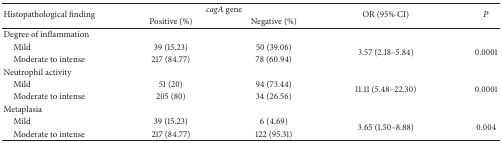
| <ROWSPAN=2> Histopathological finding | <COLSPAN=2> cagA gene | <ROWSPAN=2> OR (95% CI) | <ROWSPAN=2> P |
 | Positive (%) | Negative (%) |
 | --- | --- | --- | --- | --- |
 | Degree of inflammation |  |  |  |  |
 | Mild | 39 (15.23) | 50 (39.06) | <ROWSPAN=2> 3.57 (2.18–5.84) | <ROWSPAN=2> 0.0001 |
 | Moderate to intense | 217 (84.77) | 78 (60.94) |
 | Neutrophil activity |  |  |  |  |
 | Mild | 51 (20) | 94 (73.44) | <ROWSPAN=2> 11.11 (5.48–22.30) | <ROWSPAN=2> 0.0001 |
 | Moderate to intense | 205 (80) | 34 (26.56) |
 | Metaplasia |  |  |  |  |
 | Mild | 39 (15.23) | 6 (4.69) | <ROWSPAN=2> 3.65 (1.50–8.88) | <ROWSPAN=2> 0.004 |
 | Moderate to intense | 217 (84.77) | 122 (95.31) |